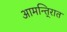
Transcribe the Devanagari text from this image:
आमन्ति्रात